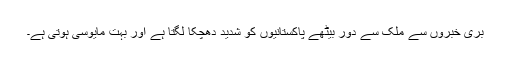
بُری خبروں سے ملک سے دور بیٹھے پاکستانیوں کو شدید دھچکا لگتا ہے اور بہت مایوسی ہوتی ہے۔